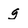
Character: g